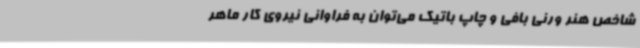
شاخص هنر ورنی ‌بافی و چاپ باتیک می‌توان به فراوانی نیروی کار ماهر